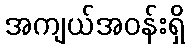
အကျယ်အဝန်းရှိ